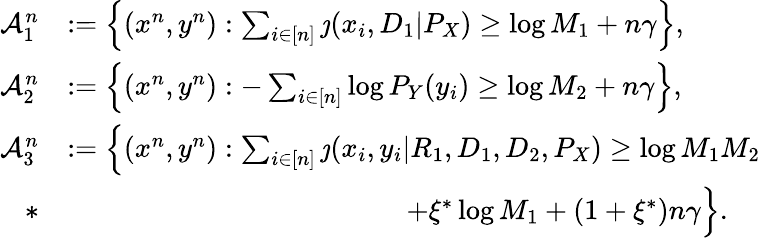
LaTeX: \begin{array}{rl}{\mathcal{A}_{1}^{n}}&{:=\Big\{ (x^{n},y^{n}):\sum_{i\in[n]}\jmath(x_{i},D_{1}|P_{X})\geq\log M_{1}+n\gamma\Big\} ,}\\ {\mathcal{A}_{2}^{n}}&{:=\Big\{ (x^{n},y^{n}):-\sum_{i\in[n]}\log P_{Y}(y_{i})\geq\log M_{2}+n\gamma\Big\} ,}\\ {\mathcal{A}_{3}^{n}}&{:=\Big\{ (x^{n},y^{n}):\sum_{i\in[n]}\jmath(x_{i},y_{i}|R_{1},D_{1},D_{2},P_{X})\geq\log M_{1}M_{2}}\\ {*}&{\qquad\qquad\qquad\qquad\qquad\qquad+\xi^{*}\log M_{1}+(1+\xi^{*})n\gamma\Big\} .}\end{array}